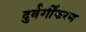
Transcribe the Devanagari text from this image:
दुर्वर्गीकरण